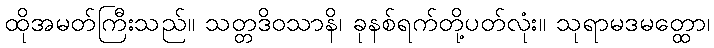
ထိုအမတ်ကြီးသည်။ သတ္တဒိဝသာနိ၊ ခုနစ်ရက်တို့ပတ်လုံး။ သုရာမဒမတ္ထော၊